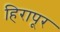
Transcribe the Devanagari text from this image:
हिरापूर